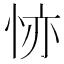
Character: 𢙕